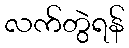
လက်တွဲရန်